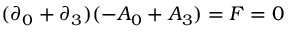
( \partial _ { 0 } + \partial _ { 3 } ) ( - A _ { 0 } + A _ { 3 } ) = F = 0